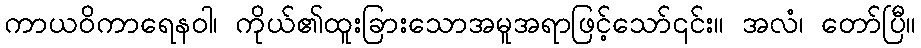
ကာယဝိကာရေနဝါ၊ ကိုယ်၏ထူးခြားသောအမူအရာဖြင့်သော်၎င်း။ အလံ၊ တော်ပြီ။